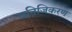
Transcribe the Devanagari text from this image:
वनिजिकरण